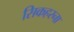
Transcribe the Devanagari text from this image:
सिकहरना